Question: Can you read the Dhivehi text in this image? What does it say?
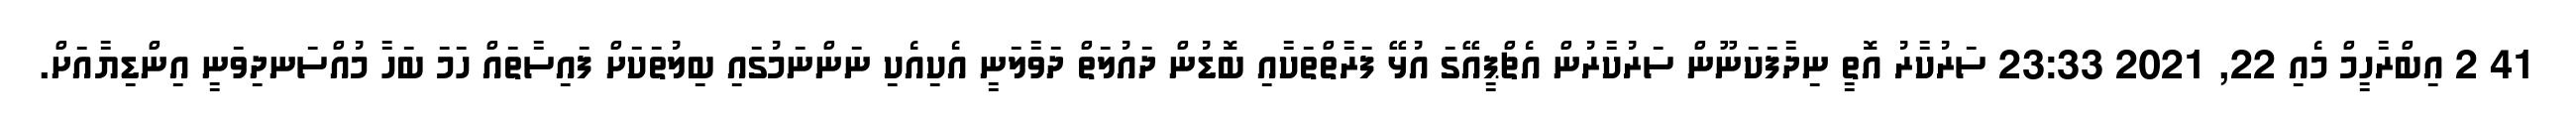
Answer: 41 2 އިބްރާހީމް މެއި 22, 2021 23:33 ސަރުކާރު އޮތީ ނިދާފަކަނޫން ސަރުކާރުން އެޗްޕީއޭގަ އުޅޭ ފަރާތްތަކާއި ބޮޑުން ދައުލަތް ދަވާލަނީ އެކިއެކި ނަންނަމުގައި ބިލުތަކަށް ފައިސާތައް ހަމަ ބަހާ މުއްސަނދިވަނީ އިންޑިޔާއަށް.